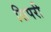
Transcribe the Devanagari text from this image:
सिपरी